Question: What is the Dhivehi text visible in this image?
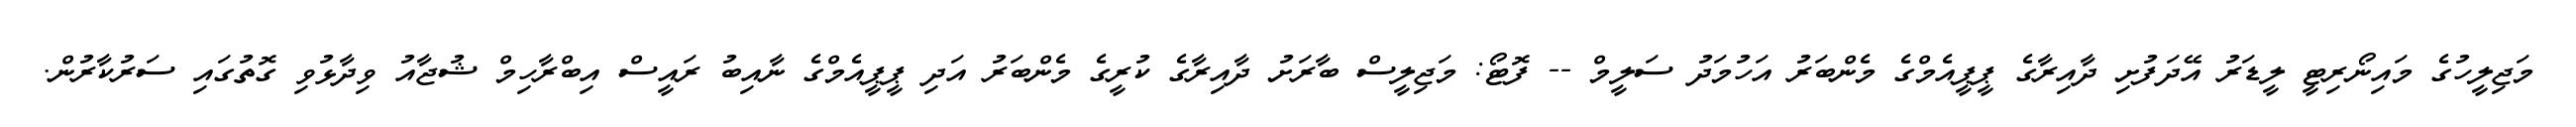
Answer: މަޖިލީހުގެ މައިނޯރިޓީ ލީޑަރު އޭދަފުށި ދާއިރާގެ ޕީޕީއެމްގެ މެންބަރު އަހުމަދު ސަލީމް -- ފޮޓޯ: މަޖިލީސް ބާރަށު ދާއިރާގެ ކުރީގެ މެންބަރު އަދި ޕީޕީއެމްގެ ނާއިބު ރައީސް އިބްރާހިމް ޝުޖާއު ވިދާޅުވި ގޮތުގައި ސަރުކާރުން.